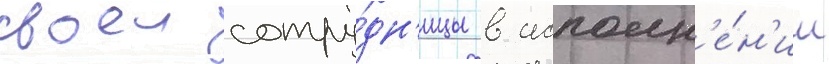
своеи сотру́дн'ицы в исполн'е́н'ии